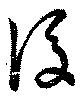
後